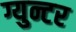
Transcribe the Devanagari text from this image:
ग्युन्टर